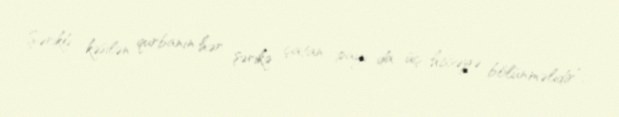
Şərikli kəsilən qurbanın hər şərikə çatan payı da üç hissəyə bölünməlidir”.